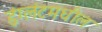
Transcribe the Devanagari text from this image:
इंग्लंटमधील